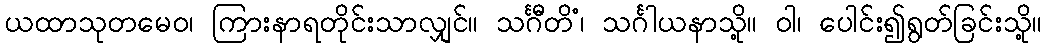
ယထာသုတမေဝ၊ ကြားနာရတိုင်းသာလျှင်။ သင်္ဂီတိံ၊ သင်္ဂါယနာသို့။ ဝါ၊ ပေါင်း၍ရွတ်ခြင်းသို့။